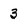
Character: 3